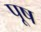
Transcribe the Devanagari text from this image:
पूष